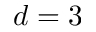
d = 3